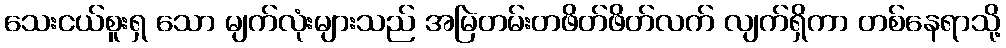
သေးငယ်စူးရှ သော မျက်လုံးများသည် အမြဲတမ်းတဖိတ်ဖိတ်လက် လျက်ရှိကာ တစ်နေရာသို့